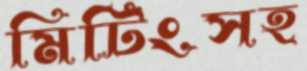
মিটিংসহ